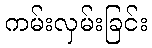
ကမ်းလှမ်းခြင်း